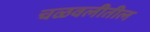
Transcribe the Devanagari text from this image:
चळवलीतील